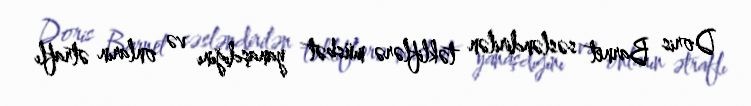
Doris Barnet səsləndirilən təkliflərə müsbət yanaşdığını və onların ətraflı